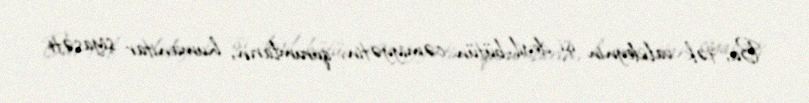
Bu, tək valideynin işi deyil, bütün cəmiyyətin, qurumların, humanitar siyasəti